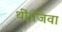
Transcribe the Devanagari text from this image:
थीं।जिवा